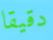
دقيقا